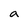
Character: a